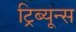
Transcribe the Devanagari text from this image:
ट्रिब्यून्स